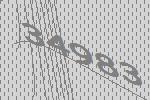
34983